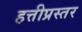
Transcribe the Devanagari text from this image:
हत्तीप्रस्तर